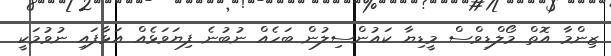
ޒިންމާ އޮތް މޯލްޑިވްސް މީޑިޔާ ކައުންސިލުން ބަހެއް ނުބުނެ ފިޔަވަޅެއް އަޅާފައި ނުވުމަކީ